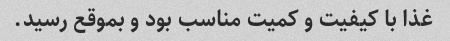
غذا با کیفیت و کمیت مناسب بود و بموقع رسید.